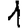
Digit: 1